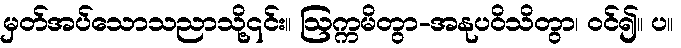
မှတ်အပ်သောသညာသို့၎င်း။ ဩက္ကမိတွာ-အနုပဝိသိတွာ၊ ဝင်၍။ ပ။